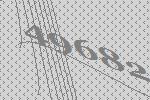
49682